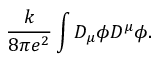
\frac { k } { 8 \pi e ^ { 2 } } \int D _ { \mu } \phi D ^ { \mu } \phi .